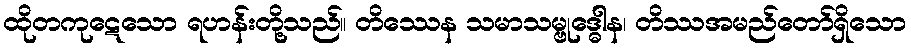
ထိုတကုဋေသော ရဟန်းတို့သည်။ တိဿေန သမာသမ္ဗုဒ္ဓေါန၊ တိဿအမည်တော်ရှိသော